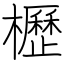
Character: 櫪